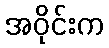
အဝိုင်းက